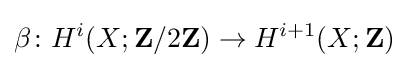
\beta \colon H^{i}(X;\mathbf {Z} /2\mathbf {Z} )\to H^{i+1}(X;\mathbf {Z} )